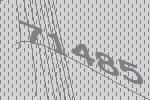
71485